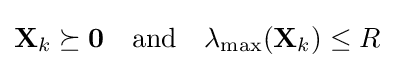
\mathbf {X} _{k}\succeq \mathbf {0} \quad {\text{and}}\quad \lambda _{\text{max}}(\mathbf {X} _{k})\leq R